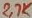
Text: 2.7K